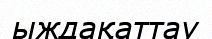
ыждақаттау